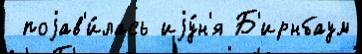
 поjав'и́лась иjу́н'я Б'ирнбаум